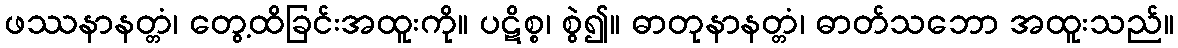
ဖဿနာနတ္တံ၊ တွေ့ထိခြင်းအထူးကို။ ပဋိစ္စ၊ စွဲ၍။ ဓာတုနာနတ္တံ၊ ဓာတ်သဘော အထူးသည်။